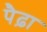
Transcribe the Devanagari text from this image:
पैढ़ा